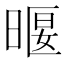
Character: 𣈿